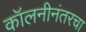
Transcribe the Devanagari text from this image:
कॉलनीनंतरचा